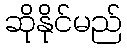
ဆိုနိုင်မည်